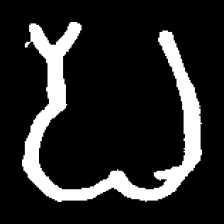
Pyu character \u2014 Myanmar letter: ပ (romanized: pa)